Civil Veterinary Department. Madras. Admin. report 1926-33 - 1926-1933
Year: 1926
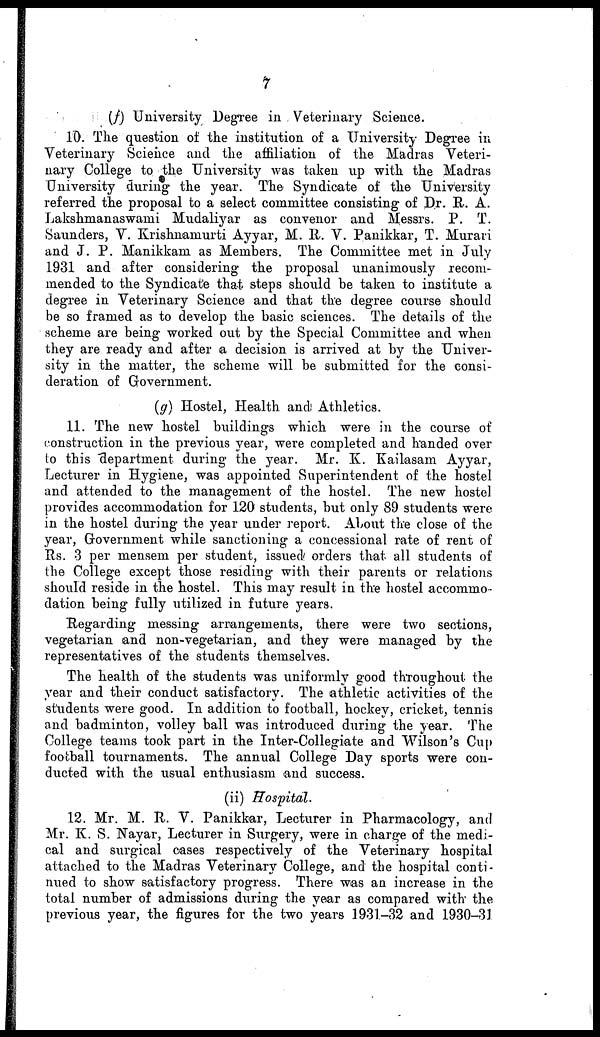
7
(f) University Degree in Veterinary Science.
10. The question of the institution of a University Degree in
Veterinary Science and the affiliation of the Madras Veteri-
nary College to the University was taken up with the Madras
University during the year. The Syndicate of the University
referred the proposal to a select committee consisting of Dr. R. A.
Lakshmanaswami Mudaliyar as convenor and Messrs. P. T.
Saunders, V. Krishnamurti Ayyar, M. R. V. Panikkar, T. Murari
and J. P. Manikkani as Members. The Committee met in July
1931 and after considering the proposal unanimously recom-
mended to the Syndicate that steps should be taken to institute a
degree in Veterinary Science and that the degree course should
be so framed as to develop the basic sciences. The details of the
scheme are being worked out by the Special Committee and when
they are ready and after a decision is arrived at by the Univer-
sity in the matter, the scheme will be submitted for the consi-
deration of Government.
(g) Hostel, Health and Athletics.
11. The new hostel buildings which were in the course of
construction in the previous year, were completed and handed over
to this department during the year. Mr. K. Kailasam Ayyar,
Lecturer in Hygiene, was appointed Superintendent of the hostel
and attended to the management of the hostel. The new hostel
provides accommodation for 120 students, but only 89 students were
in the hostel during the year under report. About the close of the
year, Government while sanctioning a concessional rate of rent of
Rs. 3 per mensem per student, issued orders that all students of
the College except those residing with their parents or relations
should reside in the hostel. This may result in the hostel accommo-
dation being fully utilized in future years.
Regarding messing arrangements, there were two sections,
vegetarian and non-vegetarian, and they were managed by the
representatives of the students themselves.
The health of the students was uniformly good throughout the
year and their conduct satisfactory. The athletic activities of the
students were good. In addition to football, hockey, cricket, tennis
and badminton, volley ball was introduced during the year. The
College teams took part in the Inter-Collegiate and Wilson's Cup
football tournaments. The annual College Day sports were con-
ducted with the usual enthusiasm and success.
(ii) Hospital.
12. Mr. M. R. V. Panikkar, Lecturer in Pharmacology, and
Mr. K. S. Nayar, Lecturer in Surgery, were in charge of the medi-
cal and surgical oases respectively of the Veterinary hospital
attached to the Madras Veterinary College, and the hospital conti-
nued to show satisfactory progress. There was an increase in the
total number of admissions during the year as compared with the
previous year, the figures for the two years 1931-32 and 1930-3J